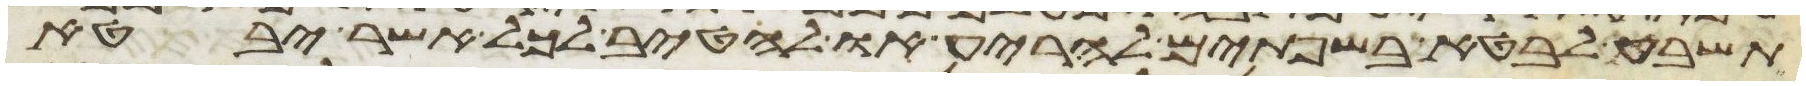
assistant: תשבע לבטא בשפתים להריע או להטיב לכל אשר יבטא